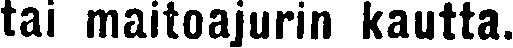
tai maitoajurin kautta.